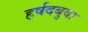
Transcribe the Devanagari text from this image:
हर्षदबुवा